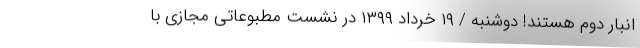
انبار دوم هستند! دوشنبه / ۱۹ خرداد ۱۳۹۹ در نشست مطبوعاتی مجازی با